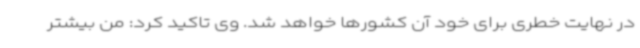
در نهایت خطری برای خود آن کشورها خواهد شد. وی تاکید کرد: من بیشتر